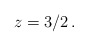
\begin{align*} z=3/2\,. \end{align*}